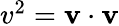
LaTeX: \textstyle v^{2}=\mathbf{v}\cdot\mathbf{v}